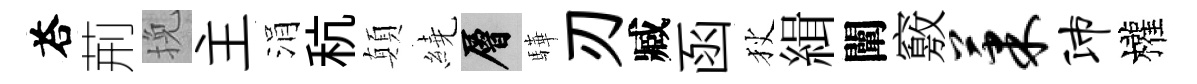
荅荊挽主涓秔顛繞層驊刃臧函狄緝闡竅果沛權